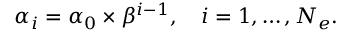
\alpha _ { i } = \alpha _ { 0 } \times \beta ^ { i - 1 } , \quad i = 1 , \ldots , N _ { e } .